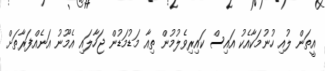
އީތަން ލުއި ހުނުމަކާއެކު އައިސް ކައިރިވެލުމުން ތިއާ މަޑުމަޑުން ޖަހާލައި އެމޫނު އަނެއްފަރާތަށް